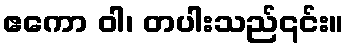
ဧကော ဝါ၊ တပါးသည်၎င်း။